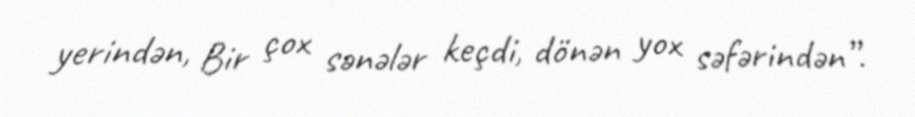
yerindən, Bir çox sənələr keçdi, dönən yox səfərindən”.